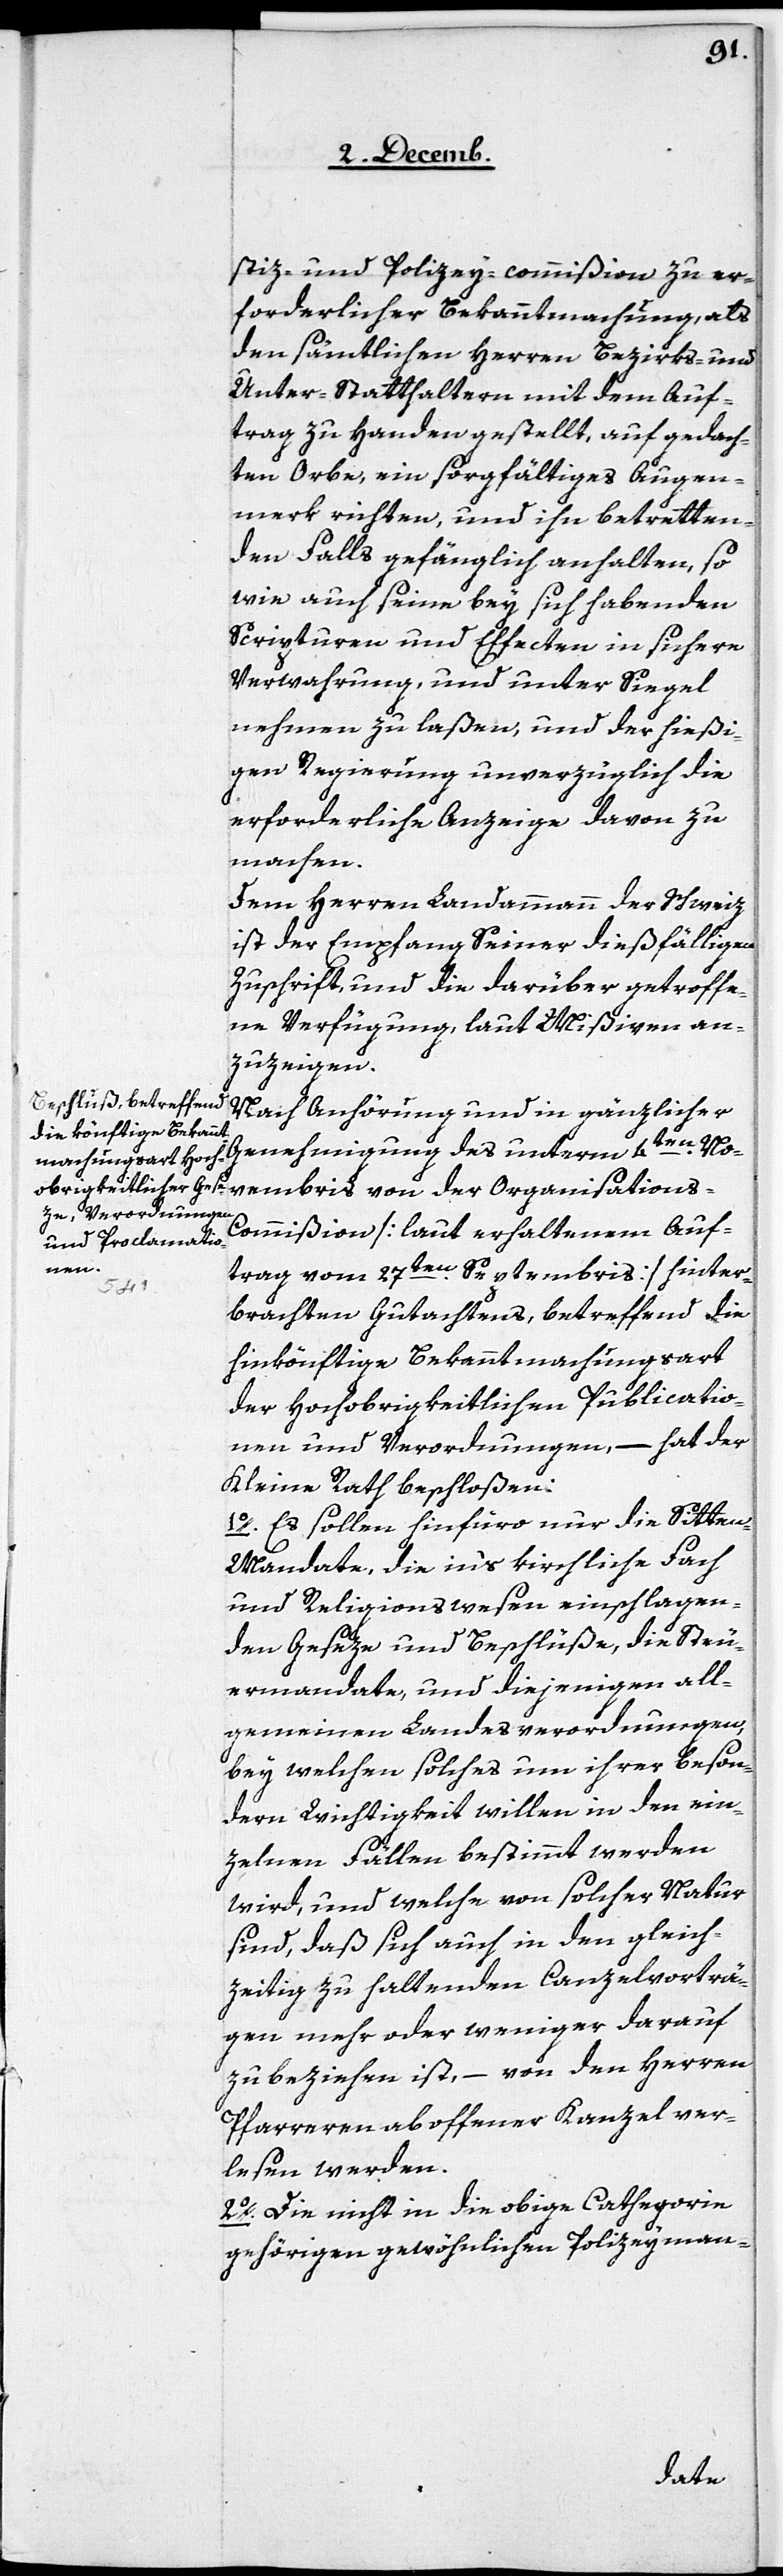
stiz- und Polizey-commißion zu er¬
forderlicher Bekanntmachung, als
den sämmtlichen Herren Bezirks- und
Unter-Statthaltern mit dem Auf¬
trag zu Handen gestellt, auf gedach¬
ten Orbe, ein sorgfältiges Augen¬
merk richten, und ihn betretten¬
den Falls gefänglich anhalten, so
wie auch seine bey sich habenden
Scripturen und Effecten in sichere
Verwahrung, und unter Siegel
nehmen zu laßen, und der hießi¬
gen Regierung unverzüglich die
erforderliche Anzeige davon zu
machen.
Dem Herren Landammann der Schweiz
ist der Empfang seiner dießfälligen
Zuschrift, und die darüber getroffe¬
ne Verfügung laut Mißiven an¬
zuzeigen.
Nach Anhörung und in gänzlicher
Genehmigung des unterm 4ten. N¬
ovembris von der Organisation¬
s-Commißion [laut erhaltenem Auf¬
trag vom 27ten. Septembris] hinter¬
brachten Gutachtens, betreffend die
hinkönftige Bekanntmachungsart
der Hochobrigkeitlichen Publicatio¬
nen und Verordnungen, – hat der
Kleine Rath beschloßen:
1. Es sollen hinfüro nur die Sitte¬
n-Mandate, die in‘s kirchliche Fach
und Religionswesen einschlagen¬
den Geseze und Beschlüße, die Steu¬
ermandate, und diejenigen all¬
gemeinen Landesverordnungen,
bey welchen solches um ihrer beson¬
dern Wichtigkeit willen in den ein¬
zelnen Fällen bestimmt werden
wird, und welche von solcher Natur
sind, daß sich auch in den gleich¬
zeitig zu haltenden Canzelvorträ¬
gen mehr oder weniger darauf
zu beziehen ist, – von den Herren
Pfarreren ab offener Kanzel ver¬
lesen werden.
2. Die nicht in die obige Cathegorie
gehörigen gewöhnlichen Polizeyman-